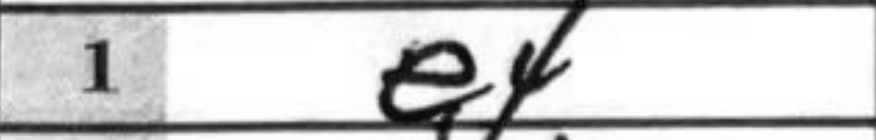
Transcription: e4